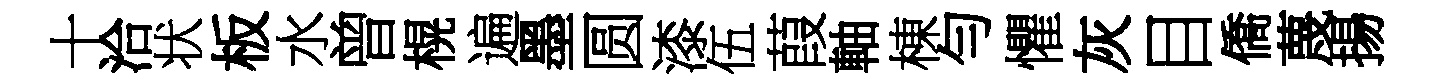
十洽状板水曾榥遍墨圆漆伍葭軸棟勻懼灰目僑蔑揚